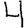
Digit: 4